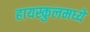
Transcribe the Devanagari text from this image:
हायस्कुलमध्ये